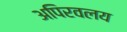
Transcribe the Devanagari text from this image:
अपिरवलय